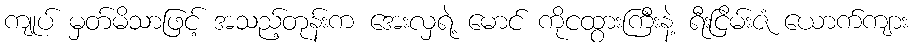
ကျုပ် မှတ်မိသာဖြင့် အသည့်တုန်းက အေးလှရဲ့ မောင် ကိုငထွားကြီးနဲ့ ရီးငြိမ်းဇံ ယောက်ကျား